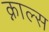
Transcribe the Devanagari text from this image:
क्नाल्स